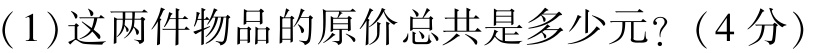
(1)这两件物品的原价总共是多少元?（4分）